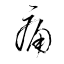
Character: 痛